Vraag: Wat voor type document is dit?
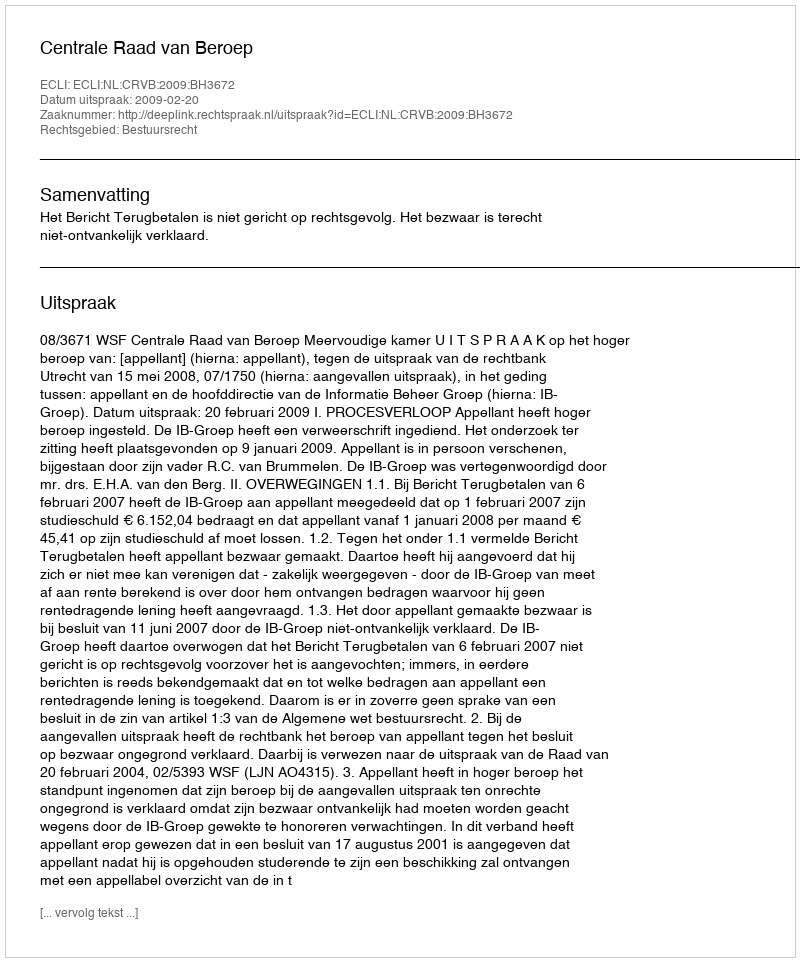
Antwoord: Uitspraak